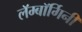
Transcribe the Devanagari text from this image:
लॅम्बॉर्गिनी